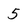
Character: 5